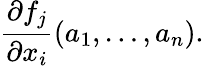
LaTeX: {\frac{\partial f_{j}}{\partial{x_{i}}}}(a_{1},\dots,a_{n}).